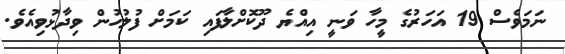
ނަމަވެސް 19 އަހަރުގެ މީހާ ވަނީ އިއްޔެ ދޫކޮށްލާފައި ކަމަށް ފުލުހުން ވިދާޅުވިއެވެ.